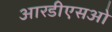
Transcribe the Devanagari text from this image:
आरडीएसओ